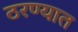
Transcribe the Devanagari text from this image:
ठरण्यात